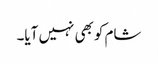
شام کوبھی نہیں آیا۔